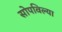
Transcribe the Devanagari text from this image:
सोपविल्या